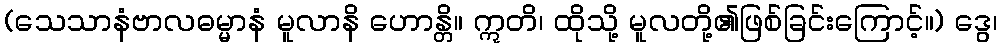
(သေသာနံဗာလဓမ္မာနံ မူလာနိ ဟောန္တိ။ ဣတိ၊ ထိုသို့ မူလတို့၏ဖြစ်ခြင်းကြောင့်။) ဒွေ၊